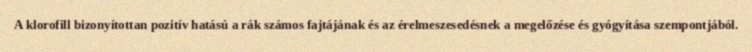
A klorofill bizonyítottan pozitív hatású a rák számos fajtájának és az érelmeszesedésnek a megelőzése és gyógyítása szempontjából.